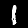
Label: 1